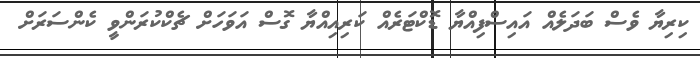
ކިރިޔާ ވެސް ބަދަލެއް އައިސްފިއްޔާ ޑޮކްޓަރެއް ކަރިއިއްޔާ ގޮސް އަވަހަށް ޗެކްކުރަންވީ ކެންސަރަށް